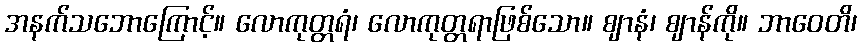
အနက်သဘောကြောင့်။ လောကုတ္တရံ၊ လောကုတ္တရာဖြစ်သော။ ဈာနံ၊ ဈာန်ကို။ ဘာဝေတိ၊